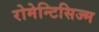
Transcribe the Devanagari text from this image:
रोमेन्टिसिज्म